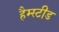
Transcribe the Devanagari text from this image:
हैम्स्टीड